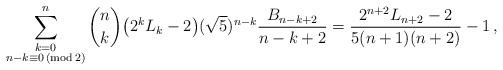
LaTeX: \begin{align*}\sum_{\substack{k=0 \\ n - k \equiv 0 \,(\mathrm {mod} \,2)}}^n \binom{n}{k} \big ( 2^k L_{k} - 2 \big ) (\sqrt{5})^{n-k} \frac{B_{n-k+2}}{n-k+2} = \frac{2^{n+2}L_{n+2}-2}{{5}(n+1)(n+2)} - 1\,,\end{align*}